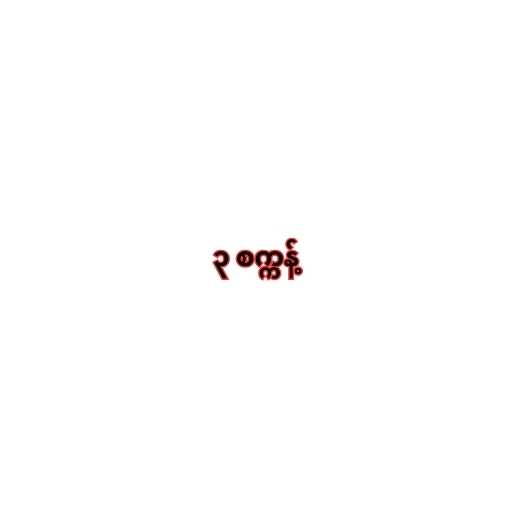
၃ စက္ကန့်